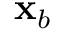
\mathbf { x } _ { b }